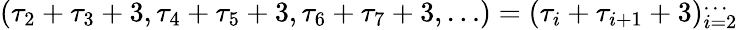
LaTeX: (\tau_{2}+\tau_{3}+3,\tau_{4}+\tau_{5}+3,\tau_{6}+\tau_{7}+3,\dots)=(\tau_{i}+\tau_{i+1}+3)_{i=2}^{\dots}